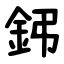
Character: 鈟